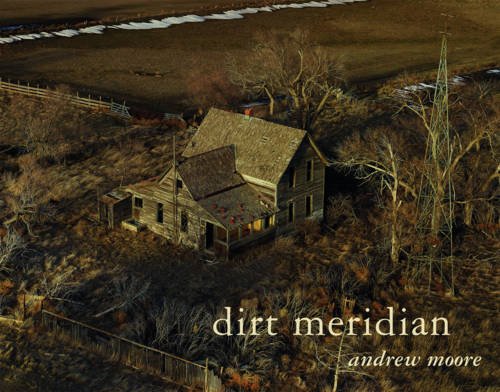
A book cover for Andrew Moore: Dirt Meridian; Toby Jurovics; Arts & Photography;